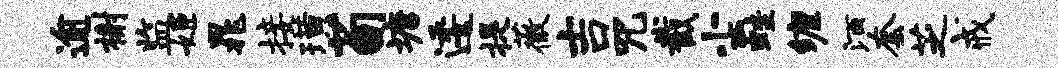
逾榭监姬晁接璜荀塘逶提薇吉咒截尘蛙缠酒套芝戒